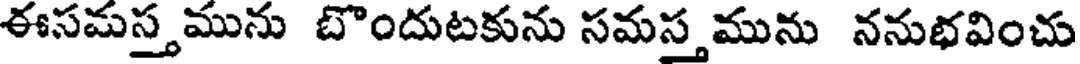
ఈసమస్తమును బొందుటకును సమస్తమును ననుభవించు